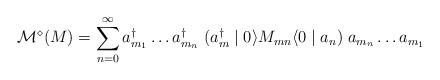
LaTeX: \begin{align*}{\cal M}^{\diamond} (M) = \sum_{n=0}^{\infty} a^{\dagger}_{m_{1}} \ldots a^{\dagger}_{m_{n}} \; (a^{\dagger}_{m} \mid 0 \rangle M_{mn} \langle 0 \mid a_{n}) \; a_{m_{n}} \ldots a_{m_{1}}\end{align*}